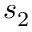
s _ { 2 }